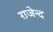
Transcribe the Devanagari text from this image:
राजेन्द